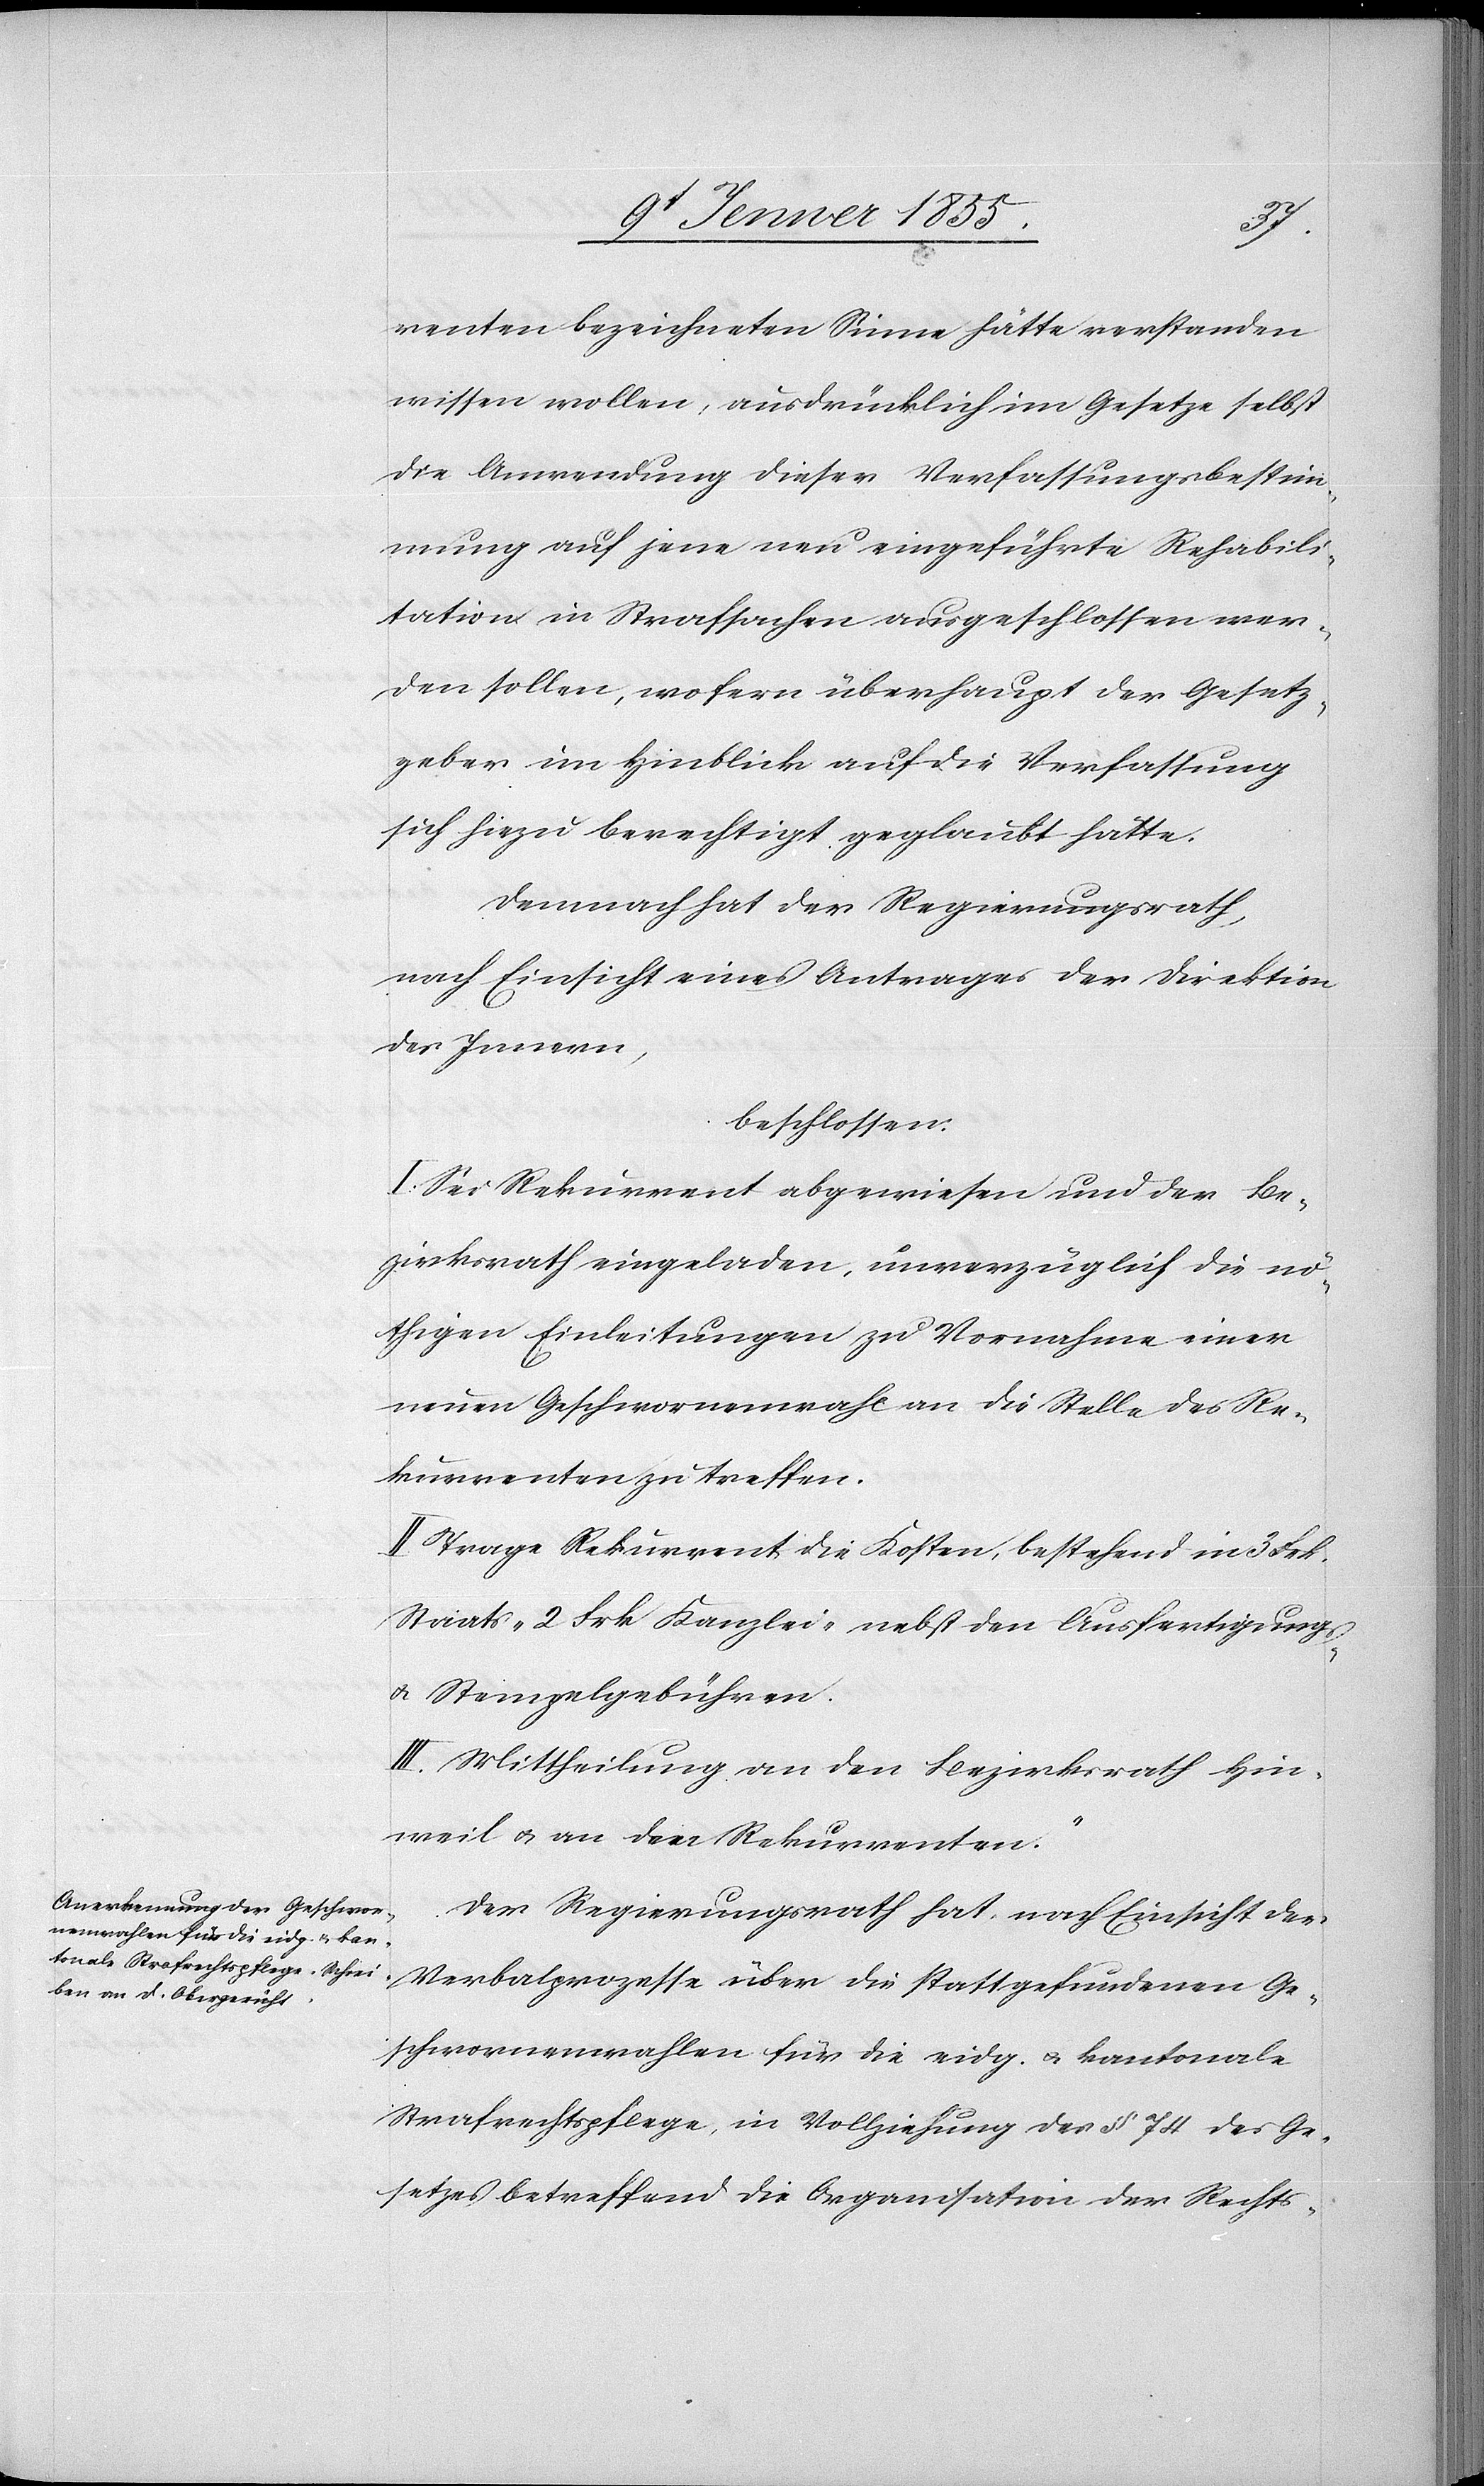
renten bezeichneten Sinne hätte verstanden
wissen wollen, ausdrücklich im Gesetze selbst
die Anwendung dieser Verfassungsbestim¬
mung auf jene neu eingeführte Rehabili¬
tation in Strafsachen ausgeschlossen wer¬
den sollen, wofern überhaupt der Gesetz¬
geber im Hinblick auf die Verfassung
sich hiezu berechtigt geglaubt hätte.
Demnach hat der Regierungsrath,
nach Einsicht eines Antrages der Direktion
des Innern,
beschlossen:
I. Sei Rekurrent abgewiesen und der Be¬
zirksrath eingeladen, unverzüglich die nö¬
thigen Einleitungen zu Vornahme einer
neuen Geschwornenwahl an die Stelle des Re¬
kurrenten zu treffen.
Trage Rekurrent die Kosten, bestehend in 3 Frk.
Staats-[,] 2 Frk Kanzlei-[,] nebst den Ausfertigungs-
& Stempelgebühren.
III. Mittheilung an den Bezirksrath Hin¬
weil & an den Rekurrenten.“
Der Regierungsrath hat, nach Einsicht der
Verbalprozesse über die stattgefundenen Ge¬
schwornenwahlen für die eidg. & kantonale
Strafrechtspflege, in Vollziehung des § 74 des Ge¬
setzes betreffend die Organisation der Rechts-